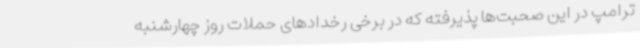
ترامپ در این صحبت‌ها پذیرفته که در برخی رخدادهای حملات روز چهارشنبه